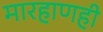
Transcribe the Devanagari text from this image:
मारहाणही